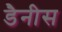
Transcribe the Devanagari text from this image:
डैनीस